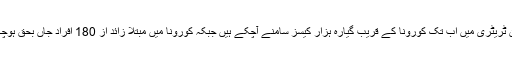
اس یونین ٹریٹری میں اب تک کورونا کے قریب گیارہ ہزار کیسز سامنے آچکے ہیں جبکہ کورونا میں مبتلا زائد از 180 افراد جاں بحق ہوچکے ہیں۔